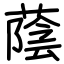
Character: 蔭